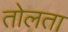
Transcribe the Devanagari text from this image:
तोलता